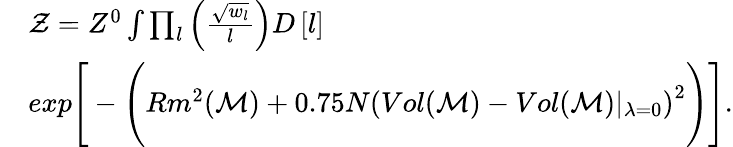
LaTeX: \begin{array}{rl}&{\mathcal{Z}=Z^{0}\int\prod_{l}\left(\frac{\sqrt{w_{l}}}{l}\right)D\left[l\right]}\\ &{exp\Bigg[-\Bigg(Rm^{2}(\mathcal{M})+0.75N\left(Vol(\mathcal{M})-Vol(\mathcal{M})\vert_{\lambda=0}\right)^{2}\Bigg)\Bigg].}\end{array}